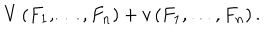
V \left( F _ { 1 } , \dots , F _ { n } \right) + v \left( F _ { 1 } , \dots , F _ { n } \right) .